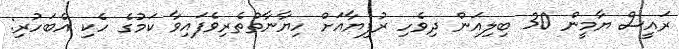
ރައީސް ޔާމީން 30 ބިލިއަން ދިވެހި ރުފިޔާއަށް ހިޔާނާތްތެރިވެފައިވާ ކަމުގެ ހެކި އެބަހުރި: